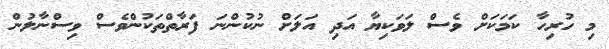
މި ހުރިހާ ކަމަކަށް ވެސް ލަވަކިޔާ އަދި އަލަށް ނުކުންނަ ފަރާތްތަކުންވެސް ވިސްނާލުން